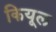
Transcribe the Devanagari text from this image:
कियूल